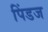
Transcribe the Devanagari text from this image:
पिंडज